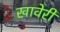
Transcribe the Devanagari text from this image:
खावेरी